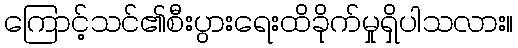
ကြောင့်သင်၏စီးပွားရေးထိခိုက်မှုရှိပါသလား။